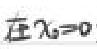
在$x_{0}=0$